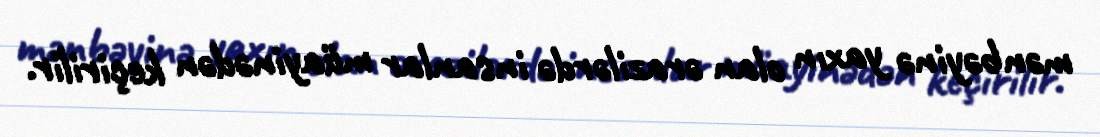
mənbəyinə yaxın olan ərazilərdə insanlar müayinədən keçirilir.